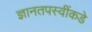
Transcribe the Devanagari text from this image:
ज्ञानतपस्वींकडे